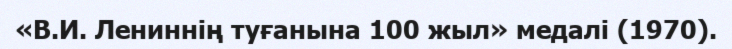
«В.И. Лениннің туғанына 100 жыл» медалі (1970).